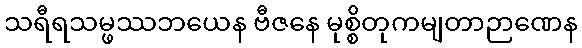
သရီရသမ္ဖဿဘယေန ဗီဇနေ မုစ္စိတုကမျတာဉာဏေန